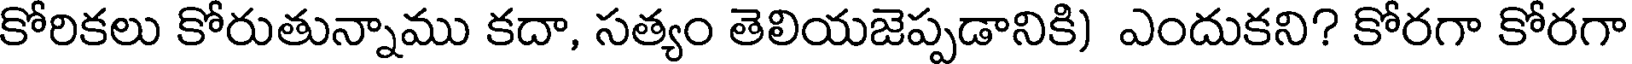
కోరికలు కోరుతున్నాము కదా, సత్యం తెలియజెప్పడానికి) ఎందుకని? కోరగా కోరగా